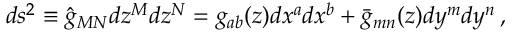
d s ^ { 2 } \equiv \hat { g } _ { M N } d z ^ { M } d z ^ { N } = g _ { a b } ( z ) d x ^ { a } d x ^ { b } + \bar { g } _ { m n } ( z ) d y ^ { m } d y ^ { n } \: ,